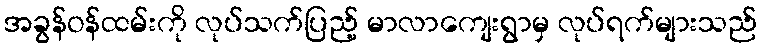
အခွန်ဝန်ထမ်းကို လုပ်သက်ပြည့် မာလာကျေးရွာမှ လုပ်ရက်များသည်